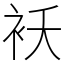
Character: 袄